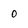
Character: 0